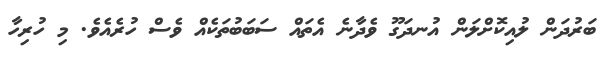
ބަރުދަން ލުއިކޮށްލަން އުނދަގޫ ވެދާނެ އެތައް ސަބަބުތަކެއް ވެސް ހުރެއެވެ. މި ހުރިހާ